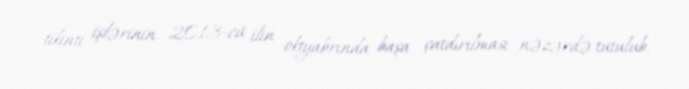
tikinti işlərinin 2013-cü ilin oktyabrında başa çatdırılması nəzərdə tutulub.